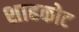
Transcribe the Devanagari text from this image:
शाहकोट